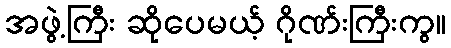
အဖွဲ့ကြီး ဆိုပေမယ့် ဂိုဏ်းကြီးကွ။